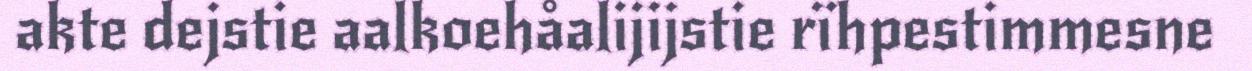
akte dejstie aalkoehåalijijstie rïhpestimmesne